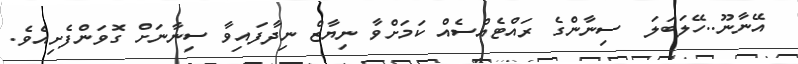
އޭނާނޫ..ހޭލަބަލަ  ސިނާންގެ ރައްޓެއްސެއް ކަމަށްވާ ނިޔާޒް ނިދާފައިވާ ސިނާނަށް ގޮވަންފެށިއެވެ.